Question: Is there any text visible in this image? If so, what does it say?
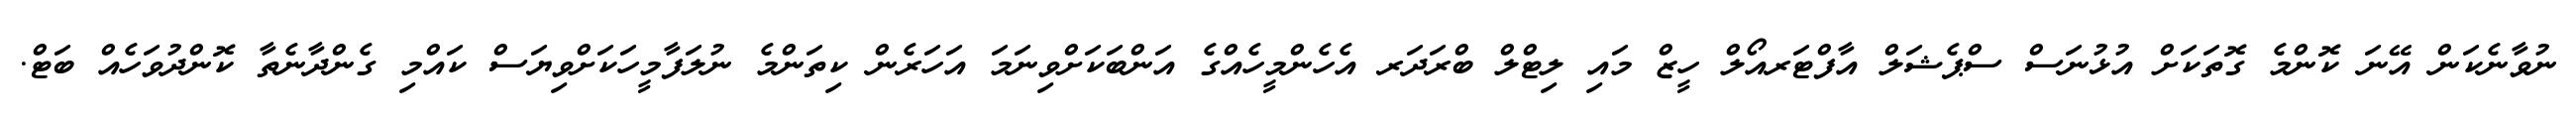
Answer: ނުވާނެކަން އޭނަ ކޮންމެ ގޮތަކަށް އުޅުނަސް ސްޕެޝަލް އާފްޓަރއޯލް ހީޒް މައި ލިޓްލް ބްރަދަރ އެހެންމީހެއްގެ އަންބަކަށްވިނަމަ އަހަރެން ކިތަންމެ ނުލަފާމީހަކަށްވިޔަސް ކައްމި ގެންދާނެތާ ކޮންދުވަހެއް ބަޓް.